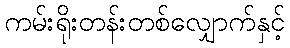
ကမ်းရိုးတန်းတစ်လျှောက်နှင့်